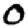
Digit: 0